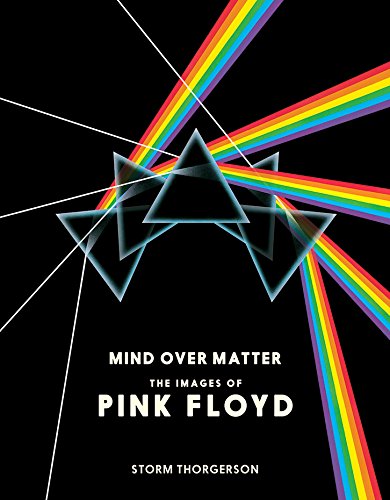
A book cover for Mind Over Matter: The Images of Pink Floyd; Storm Thorgerson; Arts & Photography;